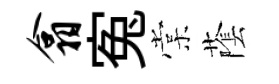
翕寃棠䕃